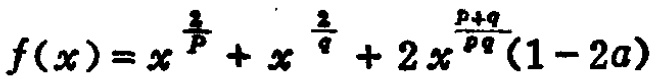
\[f(x)=x^{\frac{2}{p}} + x^{\frac{2}{q}}+2x^{\frac{p + q}{pq}}(1 - 2a)\]